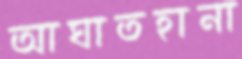
আঘাতহানা